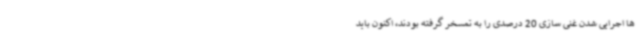
ها اجرایی شدن غنی سازی 20 درصدی را به تمسخر گرفته بودند، اکنون باید